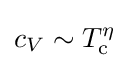
c_{V}\sim T_{\text{c}}^{\eta }